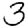
Digit: 3